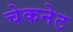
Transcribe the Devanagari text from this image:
चेकनेट